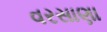
વરસાણા